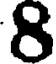
8